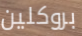
بروكلين